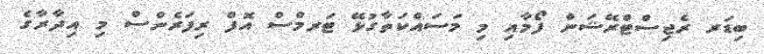
ބިޑަރ ރެޖިސްޓްރޭޝަން ފޯމާއި މި މަސައްކަތާގުޅޭ ޓަރމްސް އޮފް ރިފަރެންސް މި އިދާރާގެ